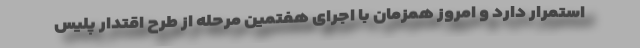
استمرار دارد و امروز همزمان با اجرای هفتمین مرحله از طرح اقتدار پلیس